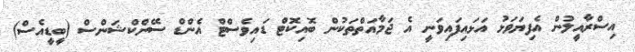
އިސްރާއީލުން އެފިޔަވަޅު އަޅައިފައިވަނީ އެ ޖަމާއަތްތަކުން ބޮއިކޮޓް ޑައިވެސްޓް އެންޑް ސޭންކްޝަންސް (ބީޑީއެސް)